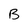
Character: B